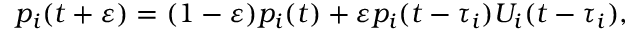
p _ { i } ( t + \varepsilon ) = ( 1 - \varepsilon ) p _ { i } ( t ) + \varepsilon p _ { i } ( t - \tau _ { i } ) U _ { i } ( t - \tau _ { i } ) ,